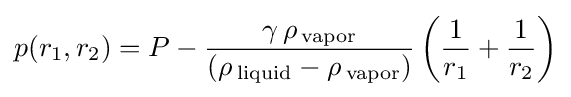
p(r_{1},r_{2})=P-{\frac {\gamma \,\rho \,_{\rm {vapor}}}{(\rho \,_{\rm {liquid}}-\rho \,_{\rm {vapor}})}}\left({\frac {1}{r_{1}}}+{\frac {1}{r_{2}}}\right)